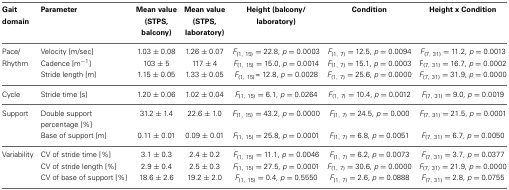
<table><thead><tr><td><b>Gait domain</b></td><td><b>Parameter</b></td><td><b>Mean value (STPS, balcony)</b></td><td><b>Mean value (STPS, laboratory)</b></td><td><b>Height (balcony/laboratory)</b></td><td><b>Condition</b></td><td><b>Height x Condition</b></td></tr></thead><tbody><tr><td>Pace/</td><td>Velocity [m/sec]</td><td>1.03 ± 0.08</td><td>1.26 ± 0.07</td><td><i>F</i><sub>(1, 15)</sub> = 22.8, <i>p</i> = 0.0003</td><td><i>F</i><sub>(1, 7)</sub> = 12.5, <i>p</i> = 0.0094</td><td><i>F</i><sub>(7, 31)</sub> = 11.2, <i>p</i> = 0.0013</td></tr><tr><td>Rhythm</td><td>Cadence [m<sup>−1</sup>]</td><td>103 ± 5</td><td>117 ± 4</td><td><i>F</i><sub>(1, 15)</sub> = 15.0, <i>p</i> = 0.0014</td><td><i>F</i><sub>(1, 7)</sub> = 15.1, <i>p</i> = 0.0003</td><td>F<sub>(7, 31)</sub> = 16.7, <i>p</i> = 0.0002</td></tr><tr><td></td><td>Stride length [m]</td><td>1.15 ± 0.05</td><td>1.33 ± 0.05</td><td><i>F</i><sub>(1, 15)</sub> = 12.8, <i>p</i> = 0.0028</td><td><i>F</i><sub>(1, 7)</sub> = 25.6, <i>p</i> = 0.0000</td><td><i>F</i><sub>(7, 31)</sub> = 31.9, <i>p</i> = 0.0000</td></tr><tr><td>Cycle</td><td>Stride time [s]</td><td>1.20 ± 0.06</td><td>1.02 ± 0.04</td><td><i>F</i><sub>(1, 15)</sub> = 6.1, <i>p</i> = 0.0264</td><td><i>F</i><sub>(1, 7)</sub> = 10.4, <i>p</i> = 0.0012</td><td><i>F</i><sub>(7, 31)</sub> = 9.0, <i>p</i> = 0.0019</td></tr><tr><td>Support</td><td>Double support percentage [%]</td><td>31.2 ± 1.4</td><td>22.6 ± 1.0</td><td><i>F</i><sub>(1, 15)</sub> = 43.2, <i>p</i> = 0.0000</td><td><i>F</i><sub>(1, 7)</sub> = 24.5, <i>p</i> = 0.000</td><td><i>F</i><sub>(7, 31)</sub> = 21.5, <i>p</i> = 0.0001</td></tr><tr><td></td><td>Base of support [m]</td><td>0.11 ± 0.01</td><td>0.09 ± 0.01</td><td><i>F</i><sub>(1, 15)</sub> = 25.8, <i>p</i> = 0.0001</td><td><i>F</i><sub>(1, 7)</sub> = 6.8, <i>p</i> = 0.0051</td><td><i>F</i><sub>(7, 31)</sub> = 6.7, <i>p</i> = 0.0050</td></tr><tr><td>Variability</td><td>CV of stride time [%]</td><td>3.1 ± 0.3</td><td>2.4 ± 0.2</td><td><i>F</i><sub>(1, 15)</sub> = 11.1, <i>p</i> = 0.0046</td><td><i>F</i><sub>(1, 7)</sub> = 6.2, <i>p</i> = 0.0073</td><td><i>F</i><sub>(7, 31)</sub> = 3.7, <i>p</i> = 0.0377</td></tr><tr><td></td><td>CV of stride length [%]</td><td>2.9 ± 0.4</td><td>2.5 ± 0.3</td><td><i>F</i><sub>(1, 15)</sub> = 27.5, <i>p</i> = 0.0001</td><td><i>F</i><sub>(1, 7)</sub> = 30.6, <i>p</i> = 0.0000</td><td><i>F</i><sub>(7, 31)</sub> = 21.9, <i>p</i> = 0.0000</td></tr><tr><td></td><td>CV of base of support [%]</td><td>18.6 ± 2.6</td><td>19.2 ± 2.0</td><td><i>F</i><sub>(1, 15)</sub> = 0.4, <i>p</i> = 0.5550</td><td><i>F</i><sub>(1, 7)</sub> = 2.6, <i>p</i> = 0.0888</td><td><i>F</i><sub>(7, 31)</sub> = 2.8, <i>p</i> = 0.0755</td></tr></tbody></table>